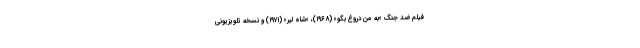
فیلم ضد جنگ «به من دروغ بگو» (۱۹۶۸)، «شاه لیر» (۱۹۷۱) و نسخه تلویزیونی